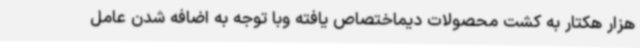
هزار هکتار به کشت محصولات دیماختصاص یافته وبا توجه به اضافه شدن عامل